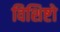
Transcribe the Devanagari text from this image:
विशिष्टो